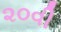
૨૦વી